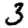
Digit: 3